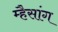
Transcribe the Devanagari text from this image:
म्हैसांग